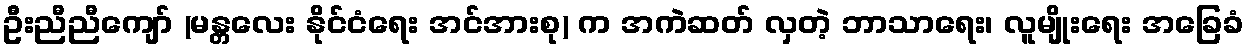
ဦးညီညီကျော် (မန္တလေး နိုင်ငံရေး အင်အားစု) က အကဲဆတ် လှတဲ့ ဘာသာရေး၊ လူမျိုးရေး အခြေခံ